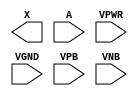
module sky130_fd_sc_hdll__dlygate4sd3 (
    X   ,
    A   ,
    VPWR,
    VGND,
    VPB ,
    VNB
);

    output X   ;
    input  A   ;
    input  VPWR;
    input  VGND;
    input  VPB ;
    input  VNB ;
endmodule